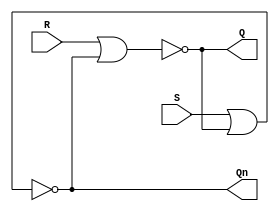
`timescale 1ns / 1ps
//////////////////////////////////////////////////////////////////////////////////
// Company: 
// Engineer: 
// 
// Design Name: 
// Module Name: Day18_SRLatch
// Project Name: 
// Target Devices: 
// Tool Versions: 
// Description: 
// 
// Dependencies: 
// 
// Revision:
// Revision 0.01 - File Created
// Additional Comments:
// 
//////////////////////////////////////////////////////////////////////////////////


module sr_nor_latch (
    input wire S,
    input wire R,
    output wire Q,
    output wire Qn
);

assign Q = ~(R | Qn);
assign Qn = ~(S | Q);

endmodule